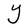
Character: Y